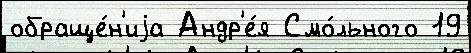
обраще́н'иjа Андр'е́я Смо́льного 19